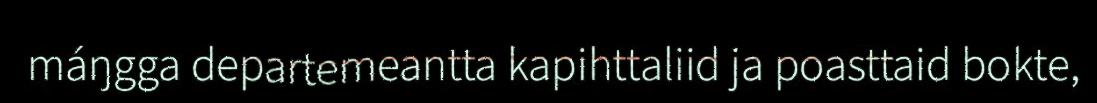
máŋgga departemeantta kapihttaliid ja poasttaid bokte,